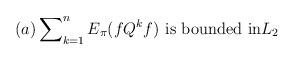
LaTeX: \begin{align*}(a)\sum\nolimits_{k=1}^{n}E_{\pi}(fQ^{k}f)\text{ is bounded in}L_{2}\end{align*}